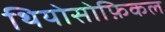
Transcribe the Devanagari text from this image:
थियोसोफ़िकल